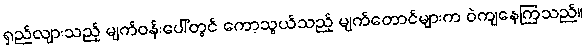
ရှည်လျားသည့် မျက်ဝန်းပေါ်တွင် ကော့သွယ်သည့် မျက်တောင်များက ဝဲကျနေကြသည်။